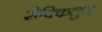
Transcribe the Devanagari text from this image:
सेक्किलुत्त